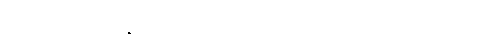
ကိုရန်ကျမ်းသည် ကျွန်တော် တို့၏ အခြေခံပညာသင်ကြားရေးတွင် အခရာဖြစ်သည်။